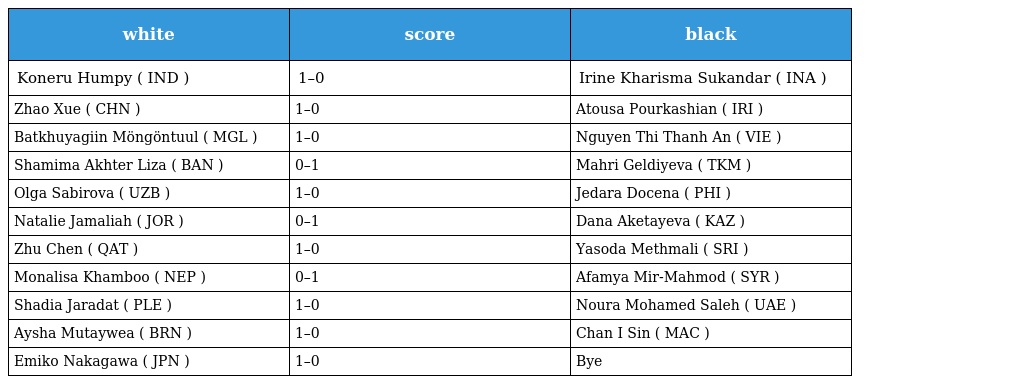
| white | score | black |
 | --- | --- | --- |
 | Koneru Humpy ( IND ) | 1–0 | Irine Kharisma Sukandar ( INA ) |
 | Zhao Xue ( CHN ) | 1–0 | Atousa Pourkashian ( IRI ) |
 | Batkhuyagiin Möngöntuul ( MGL ) | 1–0 | Nguyen Thi Thanh An ( VIE ) |
 | Shamima Akhter Liza ( BAN ) | 0–1 | Mahri Geldiyeva ( TKM ) |
 | Olga Sabirova ( UZB ) | 1–0 | Jedara Docena ( PHI ) |
 | Natalie Jamaliah ( JOR ) | 0–1 | Dana Aketayeva ( KAZ ) |
 | Zhu Chen ( QAT ) | 1–0 | Yasoda Methmali ( SRI ) |
 | Monalisa Khamboo ( NEP ) | 0–1 | Afamya Mir-Mahmod ( SYR ) |
 | Shadia Jaradat ( PLE ) | 1–0 | Noura Mohamed Saleh ( UAE ) |
 | Aysha Mutaywea ( BRN ) | 1–0 | Chan I Sin ( MAC ) |
 | Emiko Nakagawa ( JPN ) | 1–0 | Bye |